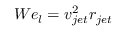
W e _ { l } = v _ { j e t } ^ { 2 } r _ { j e t }